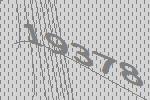
19378